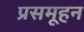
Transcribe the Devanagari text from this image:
प्रसमूहन